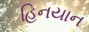
હિનયાન